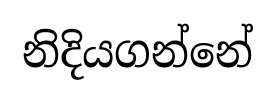
නිදියගන්නේ